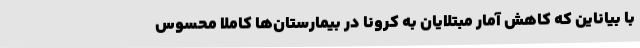
با بیاناین که کاهش آمار مبتلایان به کرونا در بیمارستان‌ها کاملا محسوس